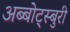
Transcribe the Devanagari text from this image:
अब्बोट्स्बुरी